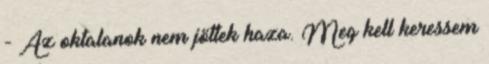
- Az oktalanok nem jöttek haza. Meg kell keressem